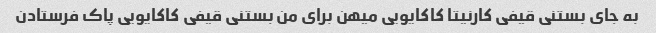
به جای بستنی قیفی کارنیتا کاکایویی میهن برای من بستنی قیفی کاکایویی پاک فرستادن